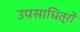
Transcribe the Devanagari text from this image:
उपसाधित्रों